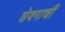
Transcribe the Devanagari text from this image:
शेवगाची